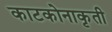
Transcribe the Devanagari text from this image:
काटकोनाकृती